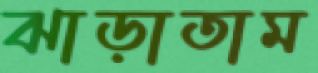
ঝাড়াতাম